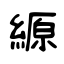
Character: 縓